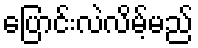
ပြောင်းလဲလိမ့်မည်